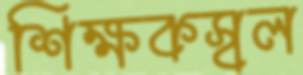
শিক্ষকস্বল